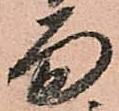
面